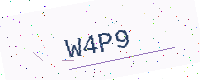
Text: W4P9